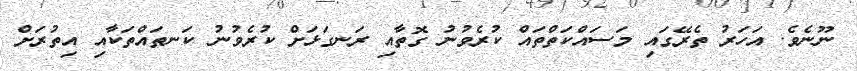
ނޫނެވެ. އަހަރު ތެރޭގައި މަސައްކަތްތައް ކުރެވުނު ގޮތާއި ރަނގަޅަށް ކުރެވުނު ކަނތައްތަކާއި އިތުރަށް